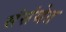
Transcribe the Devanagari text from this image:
संसंथेत